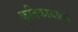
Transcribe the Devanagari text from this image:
कृतिकार्यक्रम